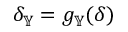
\delta _ { \mathbb { Y } } = g _ { \mathbb { Y } } ( \delta )